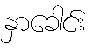
နှာခေါင်း